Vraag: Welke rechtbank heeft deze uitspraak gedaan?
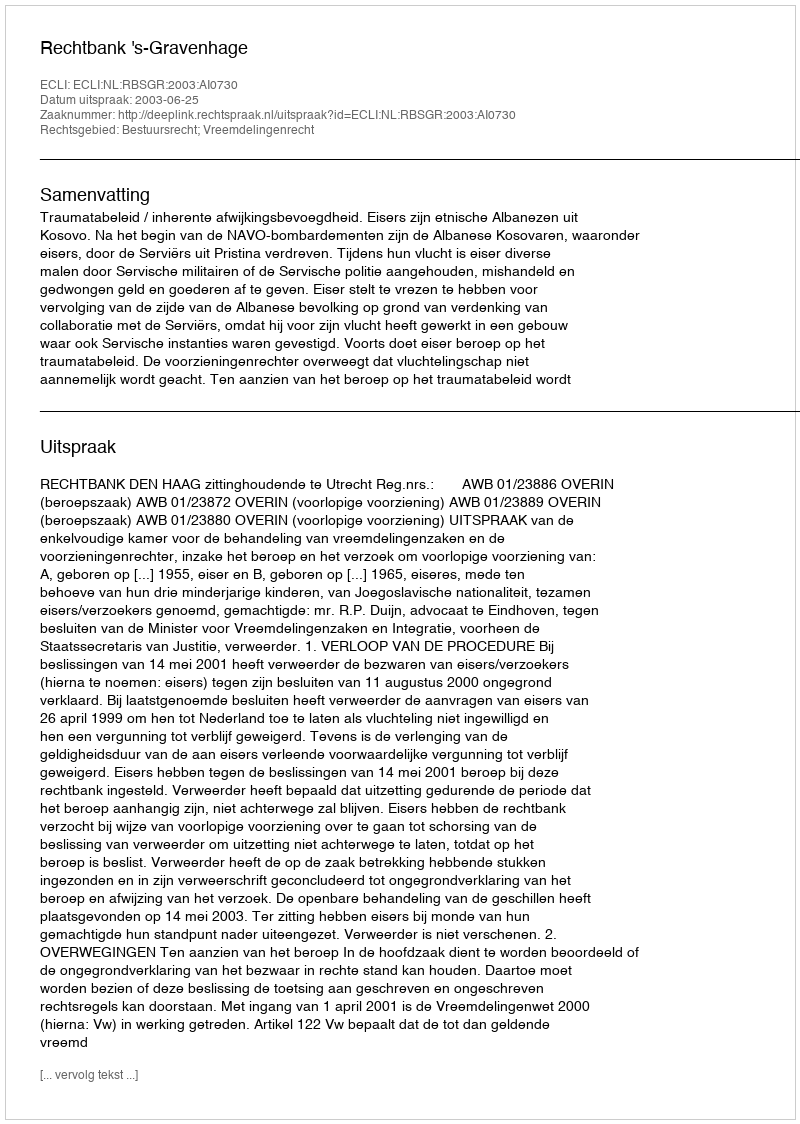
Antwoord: Rechtbank 's-Gravenhage